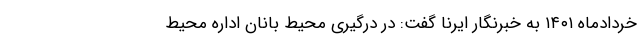
خردادماه ۱۴۰۱ به خبرنگار ایرنا گفت: در درگیری محیط بانان اداره محیط